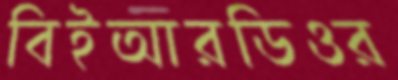
বিইআরডিওর